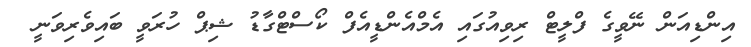
އިންޑިއަން ނޭވީގެ ފްލީޓް ރިވިއުގައި އެމްއެންޑީއެފް ކޯސްޓްގާޑު ޝިޕް ހުރަވީ ބައިވެރިވަނީ